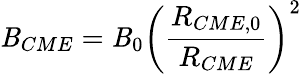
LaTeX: \mathit{B}_{CME}=\mathit{B}_{0}\left(\frac{{R_{CME,0}}}{{R_{CME}}}\right)^{2}